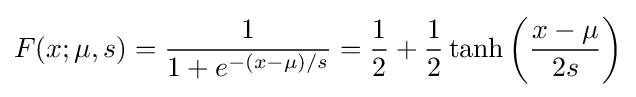
F(x;\mu ,s)={\frac {1}{1+e^{-(x-\mu )/s}}}={\frac {1}{2}}+{\frac {1}{2}}\operatorname {tanh} \left({\frac {x-\mu }{2s}}\right)